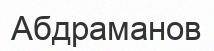
Абдраманов